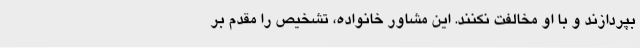
بپردازند و با او مخالفت نکنند. این مشاور خانواده، تشخیص را مقدم بر